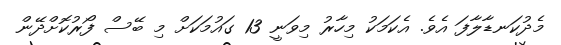
މެދުކަނޑާލާފަ އެވެ. އެކަމަކު މިހާރު މިވަނީ 13 ގައުމަކަށް މި ބޭސް ފޯރުކޮށްދޭން